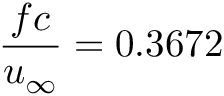
\frac { f c } { u _ { \infty } } = 0 . 3 6 7 2